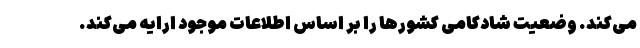
می‌کند. وضعیت شادکامی کشورها را بر اساس اطلاعات موجود ارایه می‌کند.